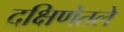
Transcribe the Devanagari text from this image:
दक्षिणेतले